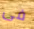
فى